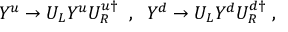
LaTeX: Y ^ { u } \rightarrow U _ { L } Y ^ { u } U _ { R } ^ { u \dagger } \; \; , \; \; Y ^ { d } \rightarrow U _ { L } Y ^ { d } U _ { R } ^ { d \dagger } \; ,